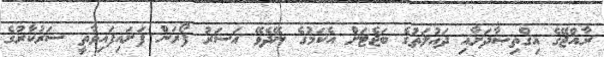
ރާއްޖޭގެ އިޤްތިޞާދަށާއި ދައުލަތުގެ ބަޖެޓަށް އެކަމުގެ ނޭދެވޭ އަސަރު ފޯރަން ފަށައިފައިވާތީ ސަރުކާރުގެ